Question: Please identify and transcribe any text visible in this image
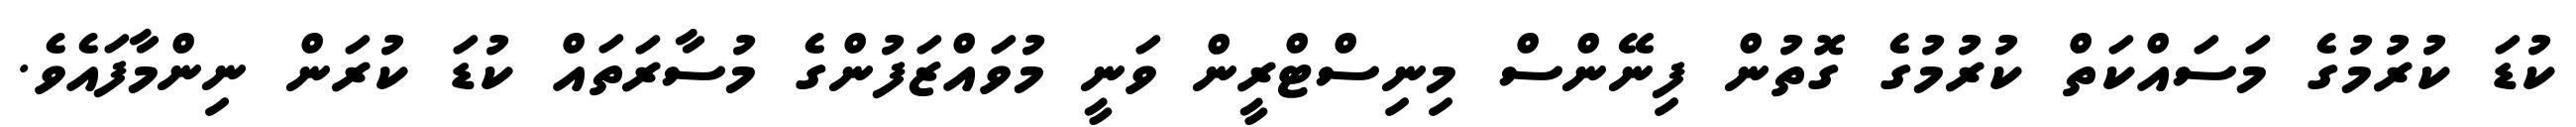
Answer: ކުޑަ ކުރުމުގެ މަސައްކަތް ކުރުމުގެ ގޮތުން ފިނޭންސް މިނިސްޓްރީން ވަނީ މުވައްޒަފުންގެ މުސާރަތައް ކުޑަ ކުރަން ނިންމާފައެވެ.